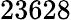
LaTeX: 23628